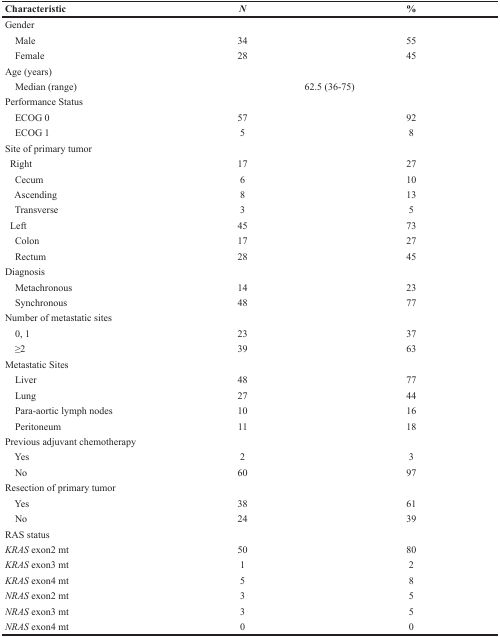
<table><thead><tr><td><b>Characteristic</b></td><td><b><i>N</i></b></td><td><b>%</b></td></tr></thead><tbody><tr><td>Gender</td><td></td><td></td></tr><tr><td> Male</td><td>34</td><td>55</td></tr><tr><td> Female</td><td>28</td><td>45</td></tr><tr><td>Age (years)</td><td></td><td></td></tr><tr><td> Median (range)</td><td colspan="2">62.5 (36-75)</td></tr><tr><td>Performance Status</td><td></td><td></td></tr><tr><td> ECOG 0</td><td>57</td><td>92</td></tr><tr><td> ECOG 1</td><td>5</td><td>8</td></tr><tr><td>Site of primary tumor</td><td></td><td></td></tr><tr><td> Right</td><td>17</td><td>27</td></tr><tr><td> Cecum</td><td>6</td><td>10</td></tr><tr><td> Ascending</td><td>8</td><td>13</td></tr><tr><td> Transverse</td><td>3</td><td>5</td></tr><tr><td> Left</td><td>45</td><td>73</td></tr><tr><td> Colon</td><td>17</td><td>27</td></tr><tr><td> Rectum</td><td>28</td><td>45</td></tr><tr><td>Diagnosis</td><td></td><td></td></tr><tr><td> Metachronous</td><td>14</td><td>23</td></tr><tr><td> Synchronous</td><td>48</td><td>77</td></tr><tr><td>Number of metastatic sites</td><td></td><td></td></tr><tr><td> 0, 1</td><td>23</td><td>37</td></tr><tr><td> ≥2</td><td>39</td><td>63</td></tr><tr><td>Metastatic Sites</td><td></td><td></td></tr><tr><td> Liver</td><td>48</td><td>77</td></tr><tr><td> Lung</td><td>27</td><td>44</td></tr><tr><td> Para-aortic lymph nodes</td><td>10</td><td>16</td></tr><tr><td> Peritoneum</td><td>11</td><td>18</td></tr><tr><td>Previous adjuvant chemotherapy</td><td></td><td></td></tr><tr><td> Yes</td><td>2</td><td>3</td></tr><tr><td> No</td><td>60</td><td>97</td></tr><tr><td>Resection of primary tumor</td><td></td><td></td></tr><tr><td> Yes</td><td>38</td><td>61</td></tr><tr><td> No</td><td>24</td><td>39</td></tr><tr><td>RAS status</td><td></td><td></td></tr><tr><td><i>KRAS</i> exon2 mt</td><td>50</td><td>80</td></tr><tr><td><i>KRAS</i> exon3 mt</td><td>1</td><td>2</td></tr><tr><td><i>KRAS</i> exon4 mt</td><td>5</td><td>8</td></tr><tr><td><i>NRAS</i> exon2 mt</td><td>3</td><td>5</td></tr><tr><td><i>NRAS</i> exon3 mt</td><td>3</td><td>5</td></tr><tr><td><i>NRAS</i> exon4 mt</td><td>0</td><td>0</td></tr></tbody></table>